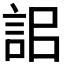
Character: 𧦫